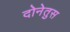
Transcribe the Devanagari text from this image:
दोनेतुस